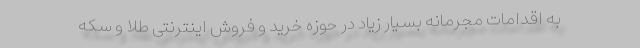
به اقدامات مجرمانه بسیار زیاد در حوزه خرید و فروش اینترنتی طلا و سکه